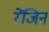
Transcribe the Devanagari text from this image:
रेंजिन